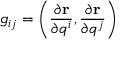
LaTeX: \displaystyle g _ { i j } = \left( { \frac { \partial \mathbf { r } } { \partial q ^ { i } } } , { \frac { \partial \mathbf { r } } { \partial q ^ { j } } } \right)